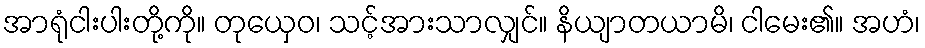
အာရုံငါးပါးတို့ကို။ တုယှေဝ၊ သင့်အားသာလျှင်။ နိယျာတယာမိ၊ ငါမေး၏။ အဟံ၊